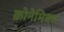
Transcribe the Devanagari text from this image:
क्रोनेमिक्स